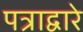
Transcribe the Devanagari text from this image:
पत्राद्वारे